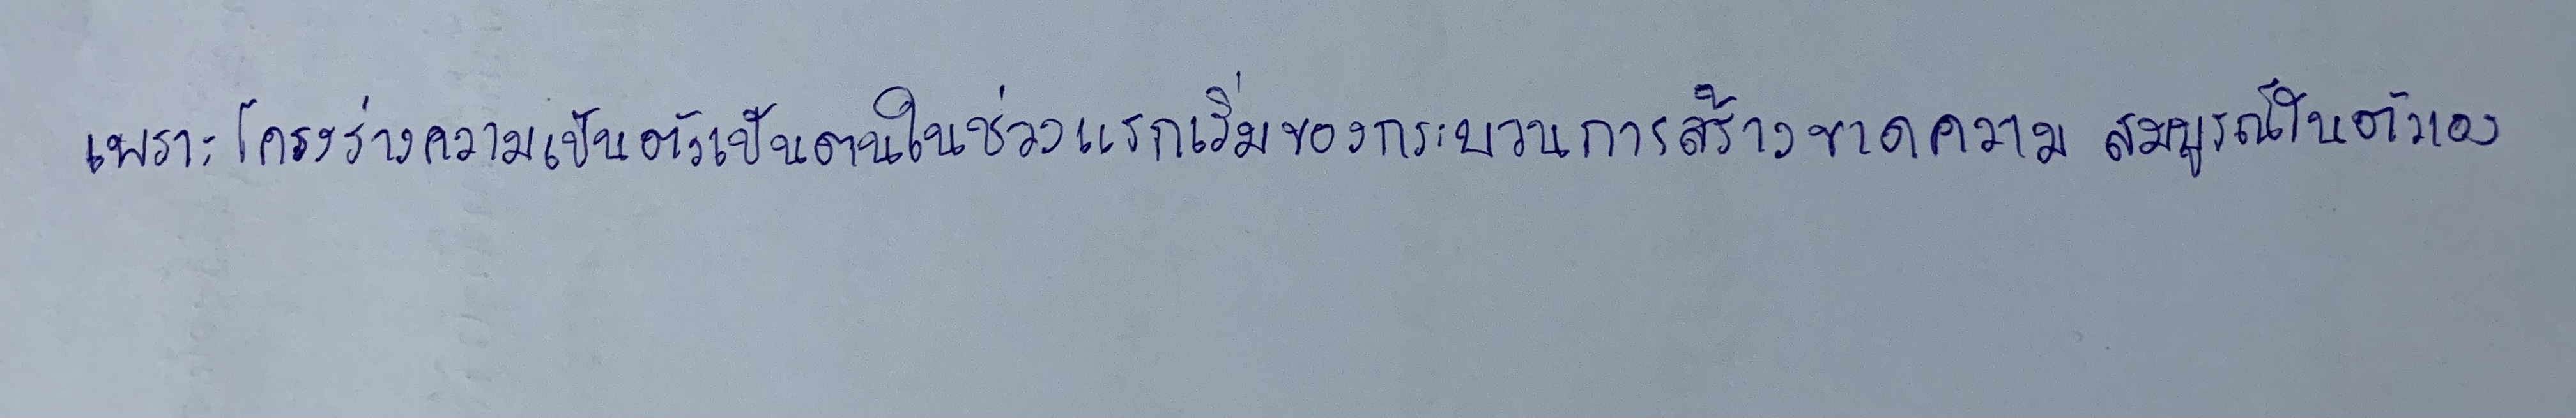
เพราะโครงร่างความเป็นตัวเป็นตนในช่วงแรกเริ่มของกระบวนการสร้างขาดความสมบูรณ์ในตัวเอง